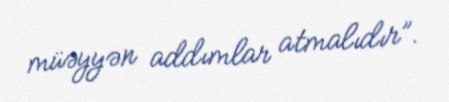
müəyyən addımlar atmalıdır”.